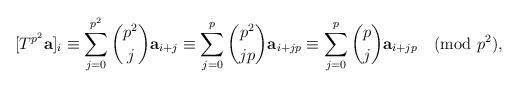
LaTeX: \begin{align*} [T^{p^2}\textbf{a}]_i\equiv\sum_{j=0}^{p^2} \binom{p^2}{j} \textbf{a}_{i+j}\equiv\sum_{j=0}^{p} \binom{p^2}{jp} \textbf{a}_{i+jp} \equiv \sum_{j=0}^{p} \binom{p}{j} \textbf{a}_{i+jp}\pmod{p^2},\end{align*}